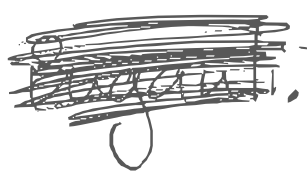
Text: Sugauli.
Cross-out: scratch
Writing tool: digital_gray